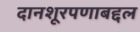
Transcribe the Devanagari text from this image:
दानशूरपणाबद्दल